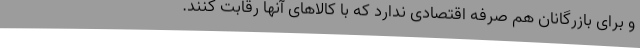
و برای بازرگانان هم صرفه اقتصادی ندارد که با کالاهای آنها رقابت کنند.